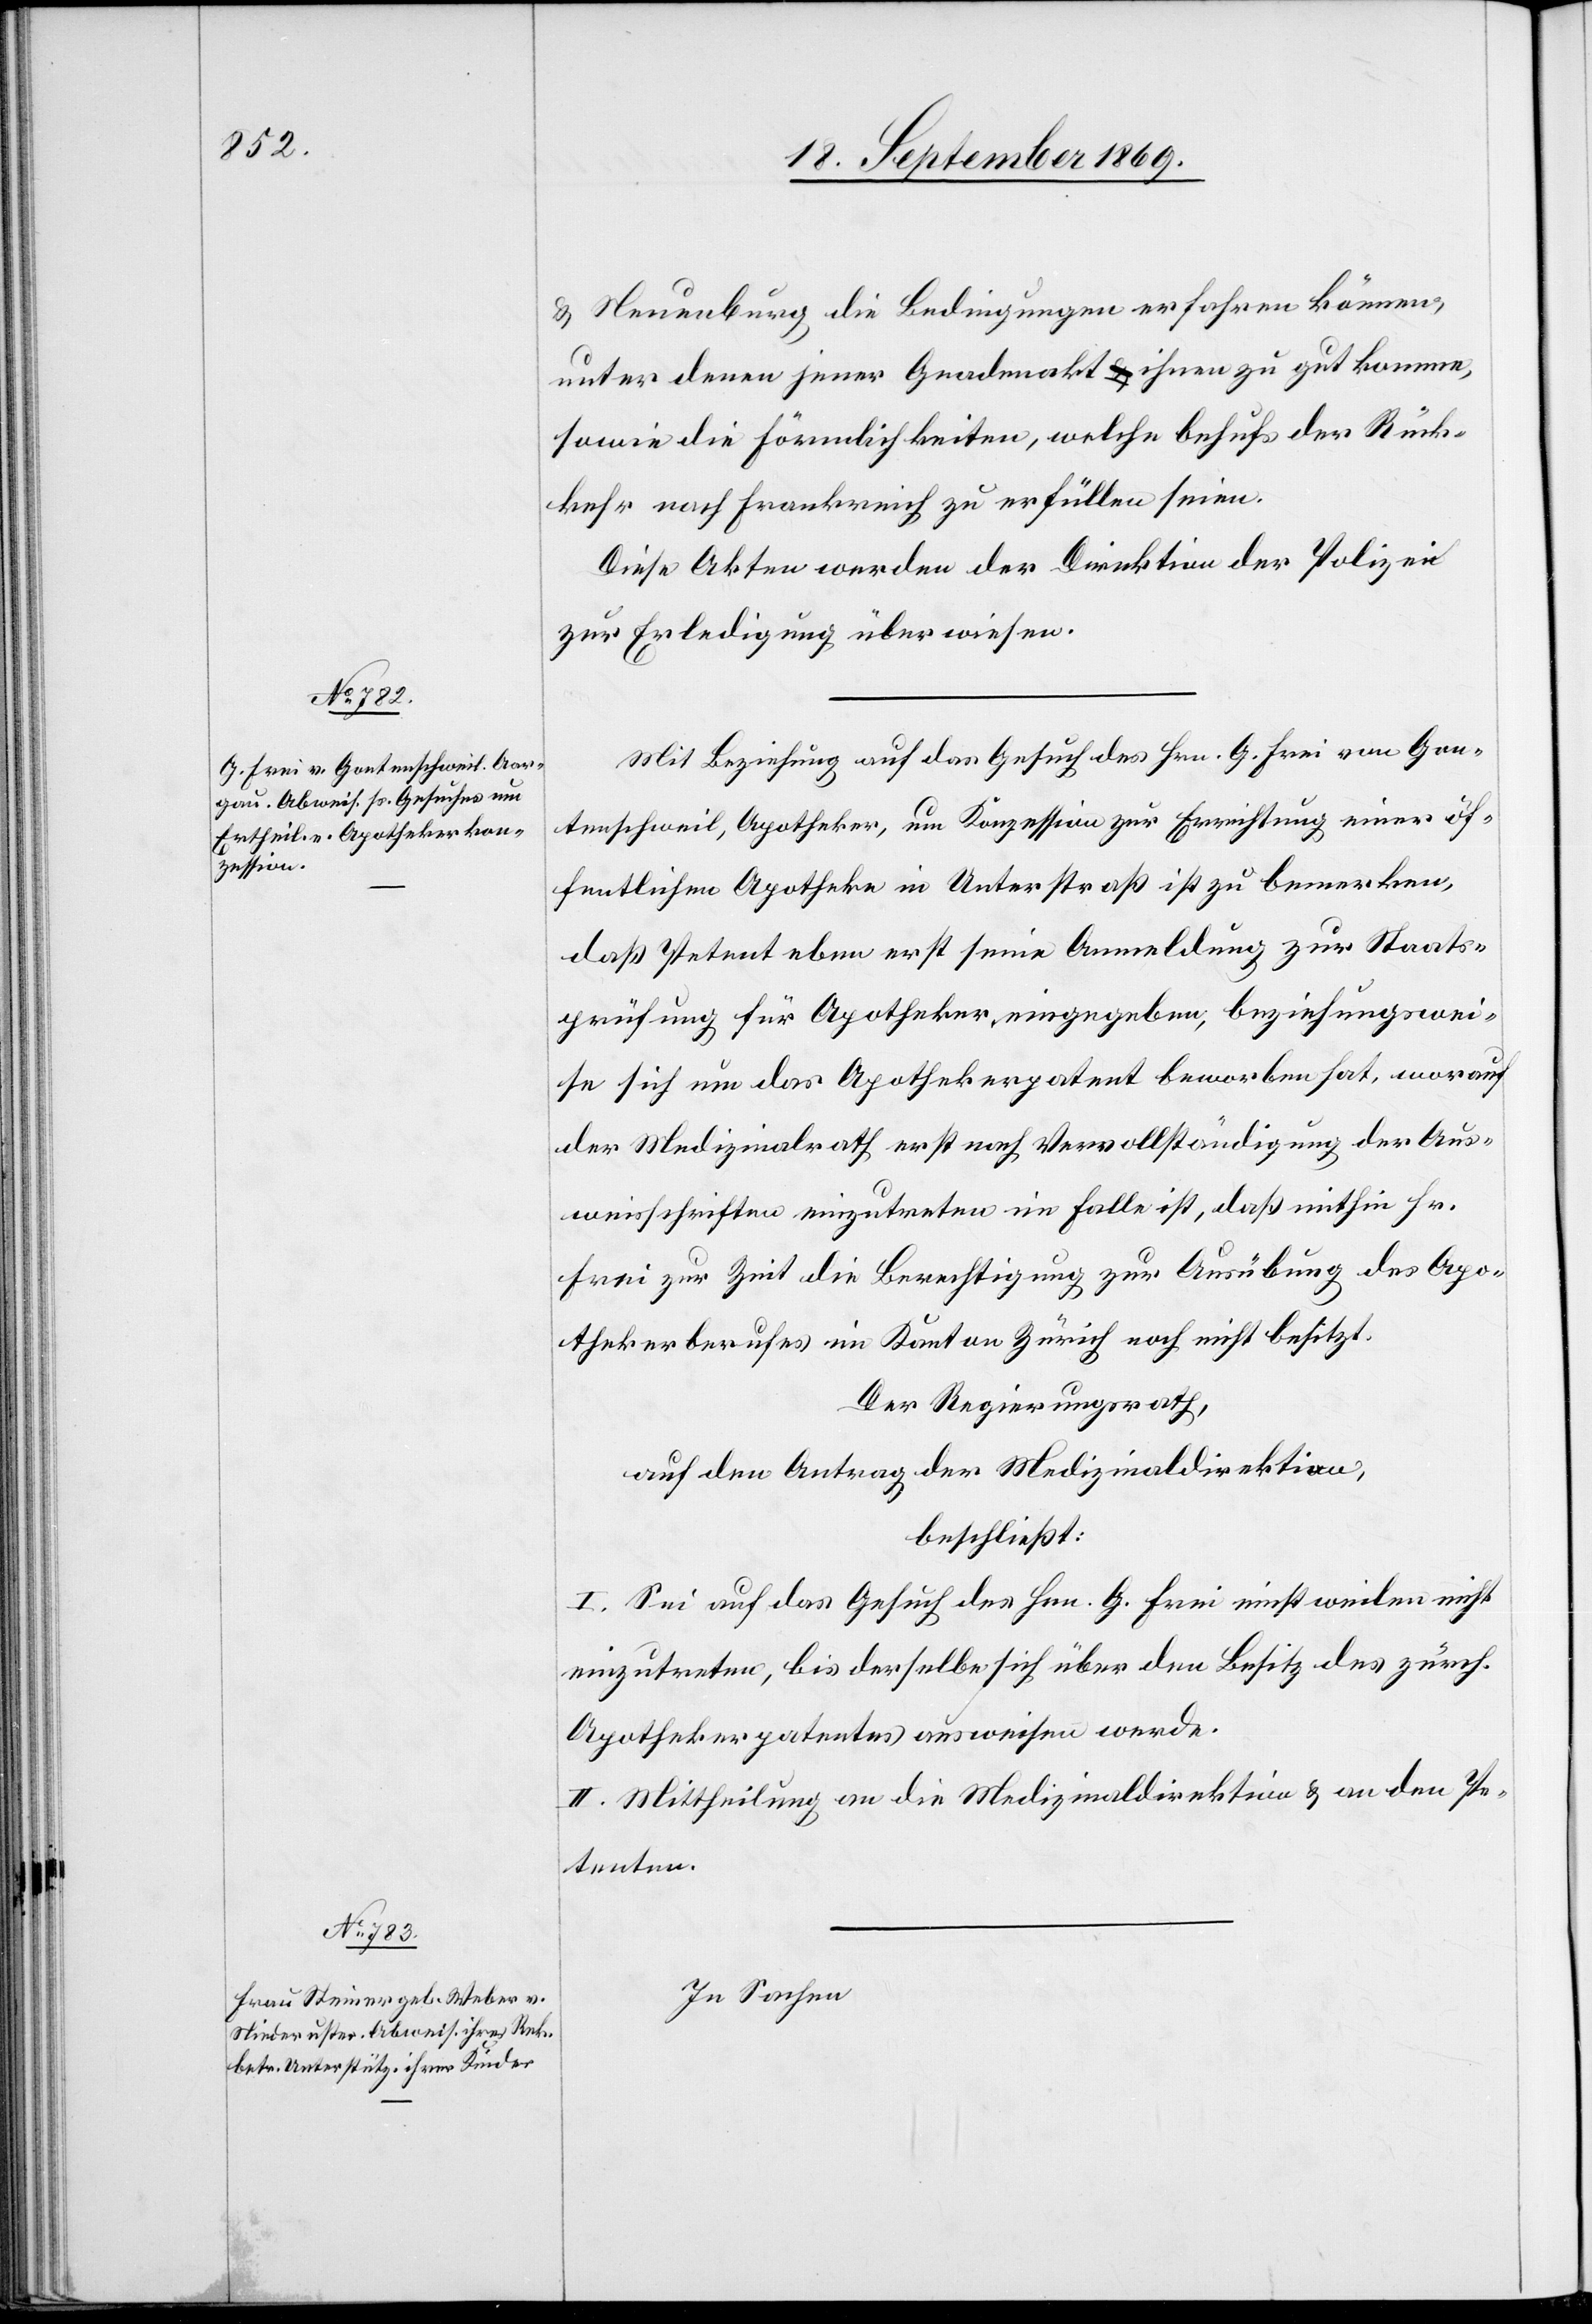
& Neuenburg die Bedingungen erfahren können,
unter denen jener Gnadenakt ihnen zu gut komme,
sowie die Förmlichkeiten, welche behufs der Rück¬
kehr nach Frankreich zu erfüllen seien.
Diese Akten werden der Direktion der Polizei
zur Erledigung überwiesen.
Mit Beziehung auf das Gesuch des Hrn. G. Frei von Gon¬
tenschweil, Apotheker, um Konzession zur Errichtung einer öf¬
fentlichen Apotheke in Unterstraß ist zu bemerken,
daß Petent eben erst seine Anmeldung zur Staats¬
prüfung für Apotheker eingegeben, beziehungswei¬
se sich um das Apothekerpatent beworben hat, worauf
der Medizinalrath erst nach Vervollständigung der Aus¬
weisschriften einzutreten im Falle ist, daß mithin Hr.
Frei zur Zeit die Berechtigung zur Ausübung des Apo¬
thekerberufes im Kanton Zürich noch nicht besitzt.
Der Regierungsrath,
auf den Antrag der Medizinaldirektion,
beschließt:
I. Sei auf das Gesuch des Hrn. G. Frei einstweilen nicht
einzutreten, bis derselbe sich über den Besitz des zürch.
Apothekerpatentes ausweisen werde.
II. Mittheilung an die Medizinaldirektion & an den Pe¬
tenten.
In Sachen